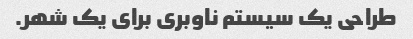
طراحی یک سیستم ناوبری برای یک شهر.